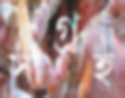
সাগ্রহ